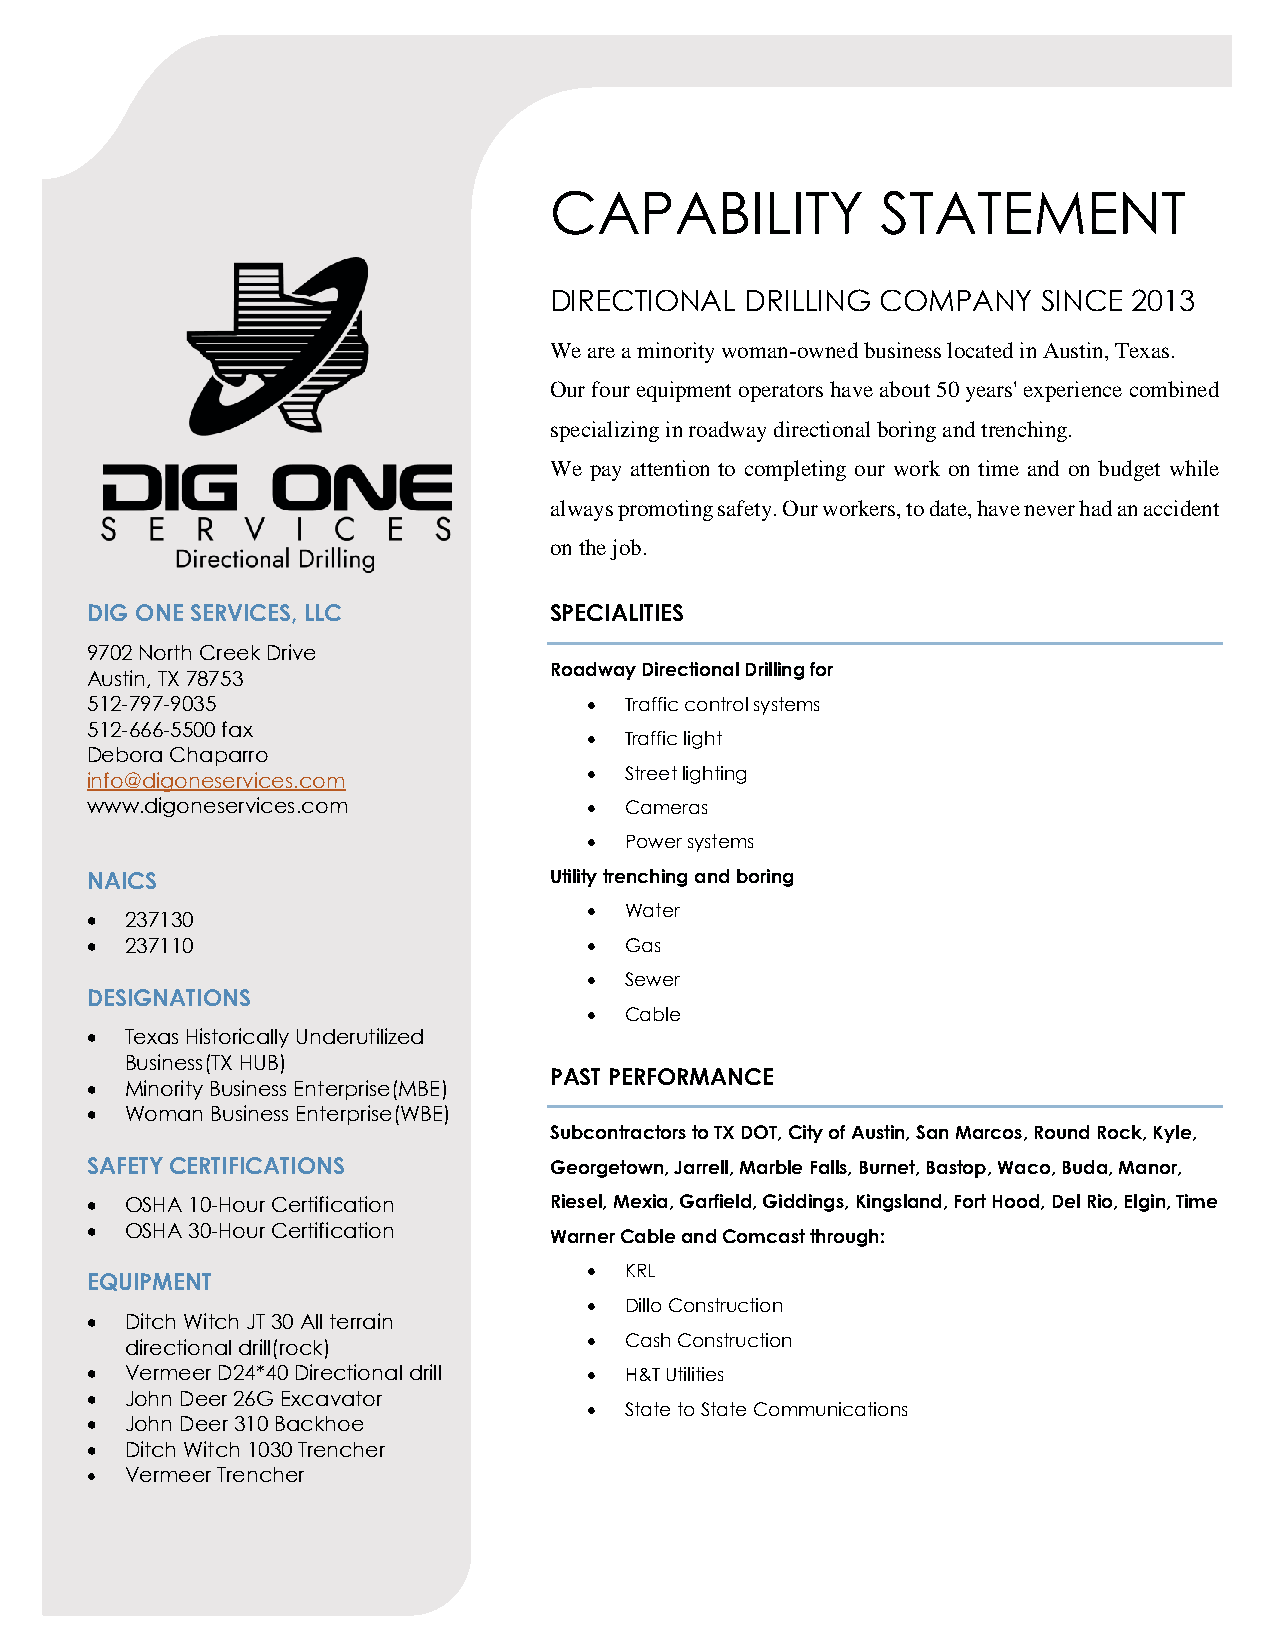
CAPABILITY            STATEMENT
 DIRECTIONAL  DRILLING COMPANY    SINCE 2013
 We are a minority woman-owned business located in Austin, Texas.
 Our four equipment operators have about 50 years' experience combined
 specializing in roadway directional boring and trenching.
 We pay attention to completing our work on time and on budget while
 always promoting safety. Our workers, to date, have never had an accident
 on the job.
 DIG ONE SERVICES, LLC         SPECIALITIES
 9702 North Creek Drive
 Roadway Directional Drilling for
 Austin, TX 78753
 512-797-9035                     • Traffic control systems
 512-666-5500 fax
 • Traffic light
 Debora Chaparro
 • Street lighting
 info@digoneservices.com
 www.digoneservices.com           • Cameras
 • Power systems
 NAICS                         Utility trenching and boring
 • Water
 • 237130
 • 237110                         • Gas
 • Sewer
 DESIGNATIONS
 • Cable
 • Texas Historically Underutilized
 Business(TX HUB)
 PAST PERFORMANCE
 • Minority Business Enterprise(MBE)
 • Woman Business Enterprise(WBE)
 Subcontractors to TX DOT, City of Austin, San Marcos, Round Rock, Kyle,
 SAFETY CERTIFICATIONS         Georgetown, Jarrell, Marble Falls, Burnet, Bastop, Waco, Buda, Manor,
 • OSHA 10-Hour Certification  Riesel, Mexia, Garfield, Giddings, Kingsland, Fort Hood, Del Rio, Elgin, Time
 • OSHA 30-Hour Certification
 Warner Cable and Comcast through:
 • KRL
 EQUIPMENT
 • Dillo Construction
 • Ditch Witch JT 30 All terrain
 • Cash Construction
 directional drill(rock)
 • Vermeer D24*40 Directional drill • H&T Utilities
 • John Deer 26G Excavator
 • State to State Communications
 • John Deer 310 Backhoe
 • Ditch Witch 1030 Trencher
 • Vermeer Trencher